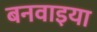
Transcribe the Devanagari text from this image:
बनवाइया